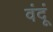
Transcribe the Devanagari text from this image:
वंदूं